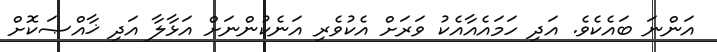
އަންނަ ބައެކެވެ. އަދި ހަމައެއާއެކު ވަރަށް އެކުވެރި އަނެކުންނަށް އަޅާލާ އަދި ޚާއްޞަކޮށް